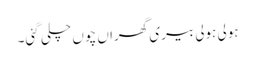
ہولی ہولی بیری گھراں چوں چلی گئی۔